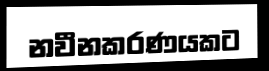
නවීනකරණයකට